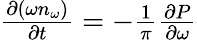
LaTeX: \begin{array}{r}{\frac{\partial(\omega n_{\omega})}{\partial t}=-\frac{1}{\pi}\frac{\partial P}{\partial\omega}}\end{array}